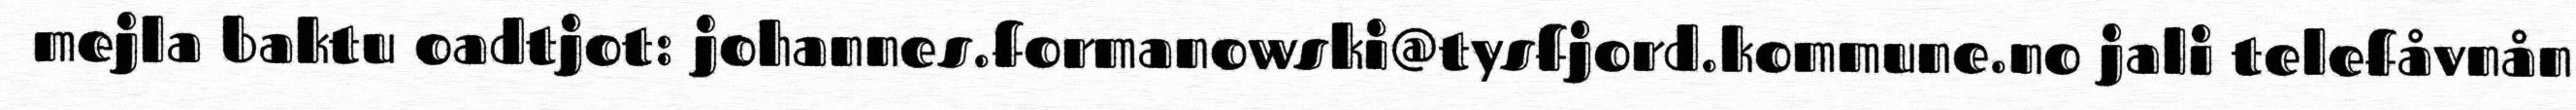
mejla baktu oadtjot: johannes.formanowski@tysfjord.kommune.no jali telefåvnån